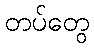
တပ်တွေ